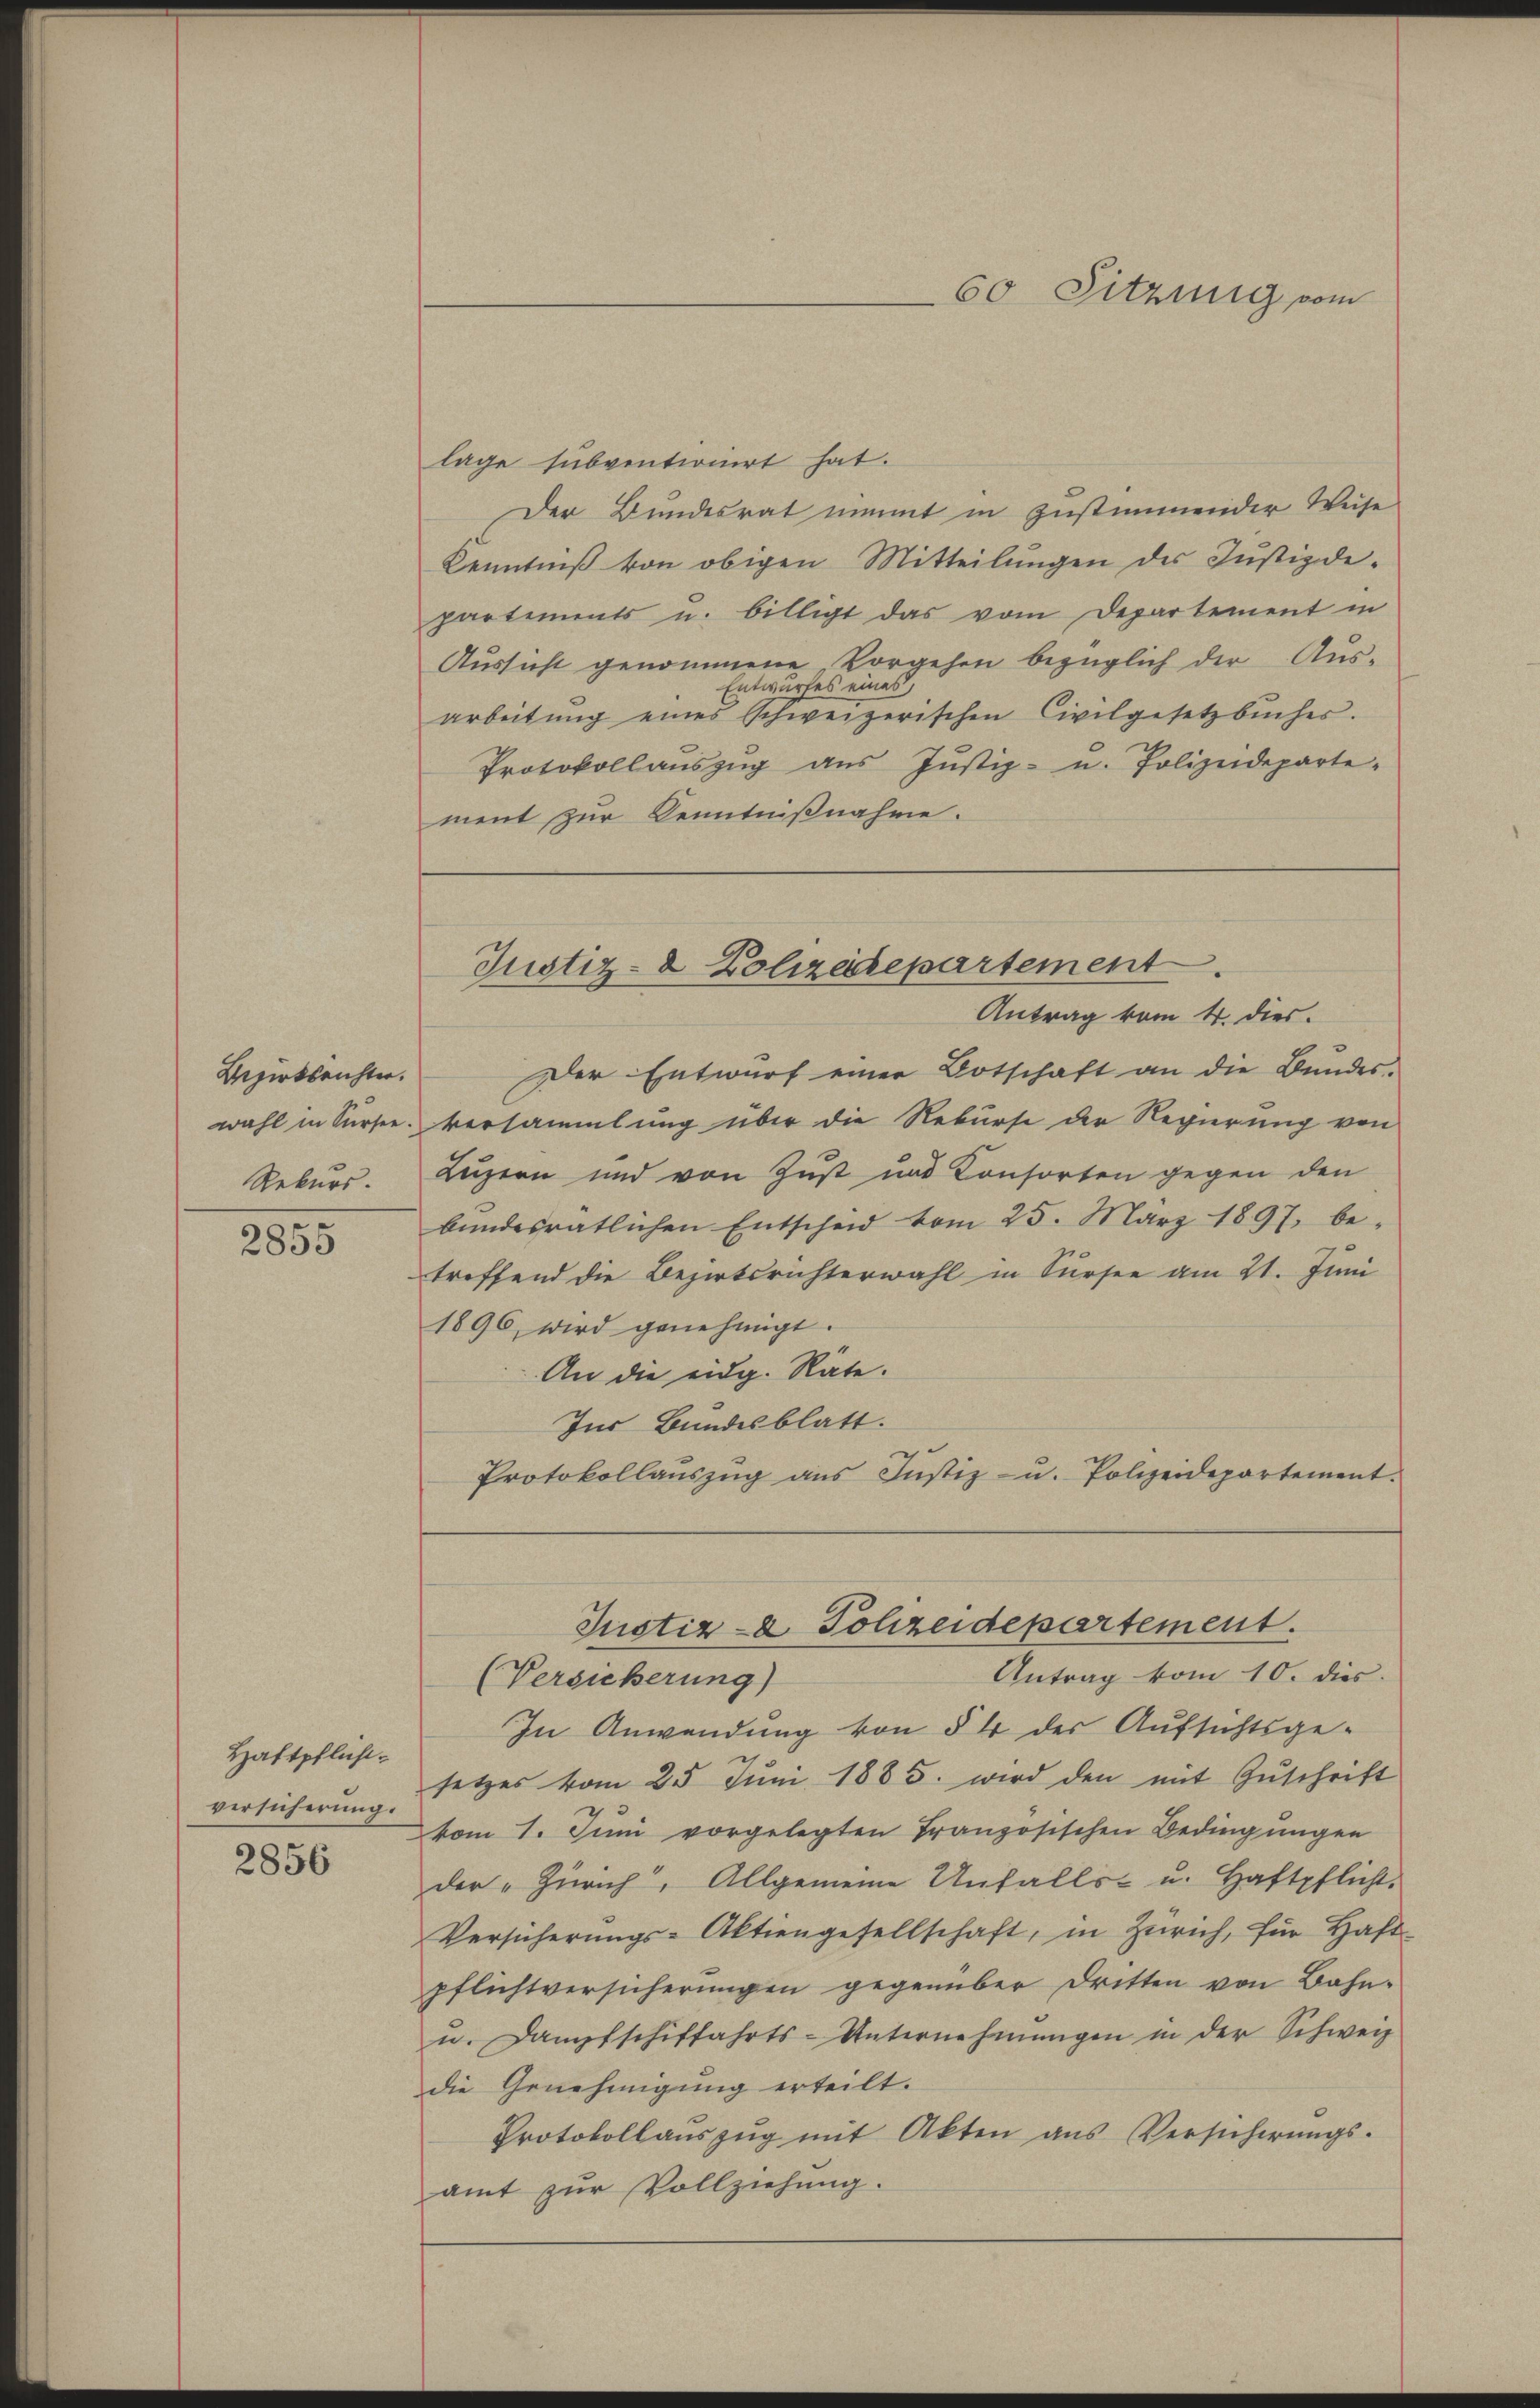
Bezirksrichter.
wahl in Sursee.
Rekurs.

2855

Haftpflicht.
versicherung.

2856

lage subventionirt hat.
Der Bundesrat nimmt in zustimmender Weise
Kenntniß von obigen Mitteilungen der Justizdepartements u. billigt das vom Departement in
Aussicht genommene Vorgehen bezüglich der Aus-
Entwurfes eines,
arbeitung eines Schweizerischen Civilgesetzbuches.
Protokoll aŭszŭg aŭs Jŭstiz- u. Polizeideparte-
ment zur Kenntnißnahme.
Der Entwurf einer Botschaft an die Bundes-
versammlung über die Rekurse der Regierung von
Luzern und von Zust und Consorten gegen den
bŭndesratlichen Entscheid vom 25. März 1897. be-
treffend die Bezirksrichterwahl in Sursee am 21. Juni
1896, wird genehmigt.
An die eidg. Räte.
Ins Bundesblatt.
Protokollaŭszŭg ans Justiz- u. Polizeidepartement.
Justiz- & Polizeidepartement.
Antrag vom 10. dies
(Versicherung)
In Anwendung von § 4 der Aufsichtsge-
setzes vom 25. Juni 1885. wird den mit Zŭschrift
vom 1. Juni vorgelegten Französischen Bedingŭngen
der „Zürich, Allgemeine Unfalls- u. Haftpflicht.
Versicherungs-Aktiengesellschaft, in Zürich, für Haft-
pflichtversicherungen gegenüber Dritten von Bahn-
u. Dampfschiffahrts-Unternehmungen in der Schweiz
die Genehmigung erteilt.
Protokollauszug mit Akten aus Versicherŭngs-
amt zŭr Vollziehung.

60 Sitzung vom

Justiz- & Polizedepartement
Antrag vom 4. dies